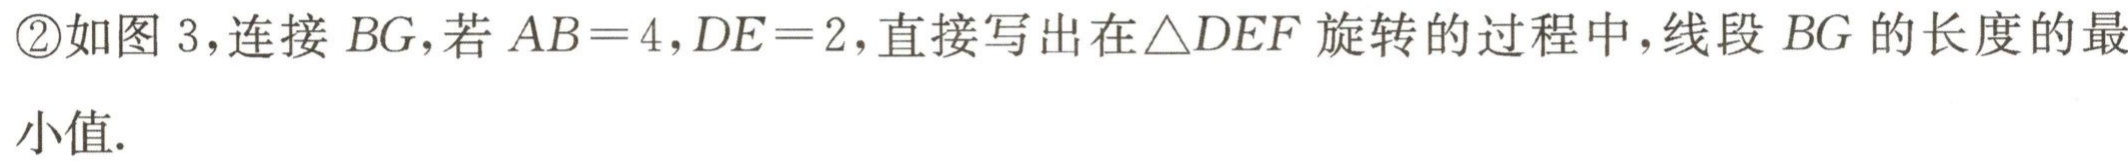
\textcircled{2}如图 3,连接 \(BG\),若 \(AB = 4,DE = 2\),直接写出在\(\triangle DEF\)旋转的过程中,线段 \(BG\)的长度的最
小值.